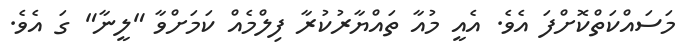
މަސައްކަތްކޮށްފަ އެވެ. އެއީ މުއާ ތައްޔާރުކުރާ ފިލްމެއް ކަމަށްވާ "ލީނާ" ގަ އެވެ.